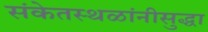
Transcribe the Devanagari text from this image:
संकेतस्थळांनीसुद्धा